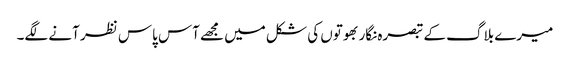
میرے بلاگ کے تبصرہ نگار بھوتوں کی شکل میں مجھے آس پاس نظر آنے لگے۔